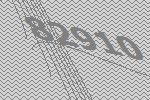
82910